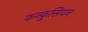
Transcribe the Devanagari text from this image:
कन्फ़ुसियन